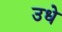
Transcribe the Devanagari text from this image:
उधे